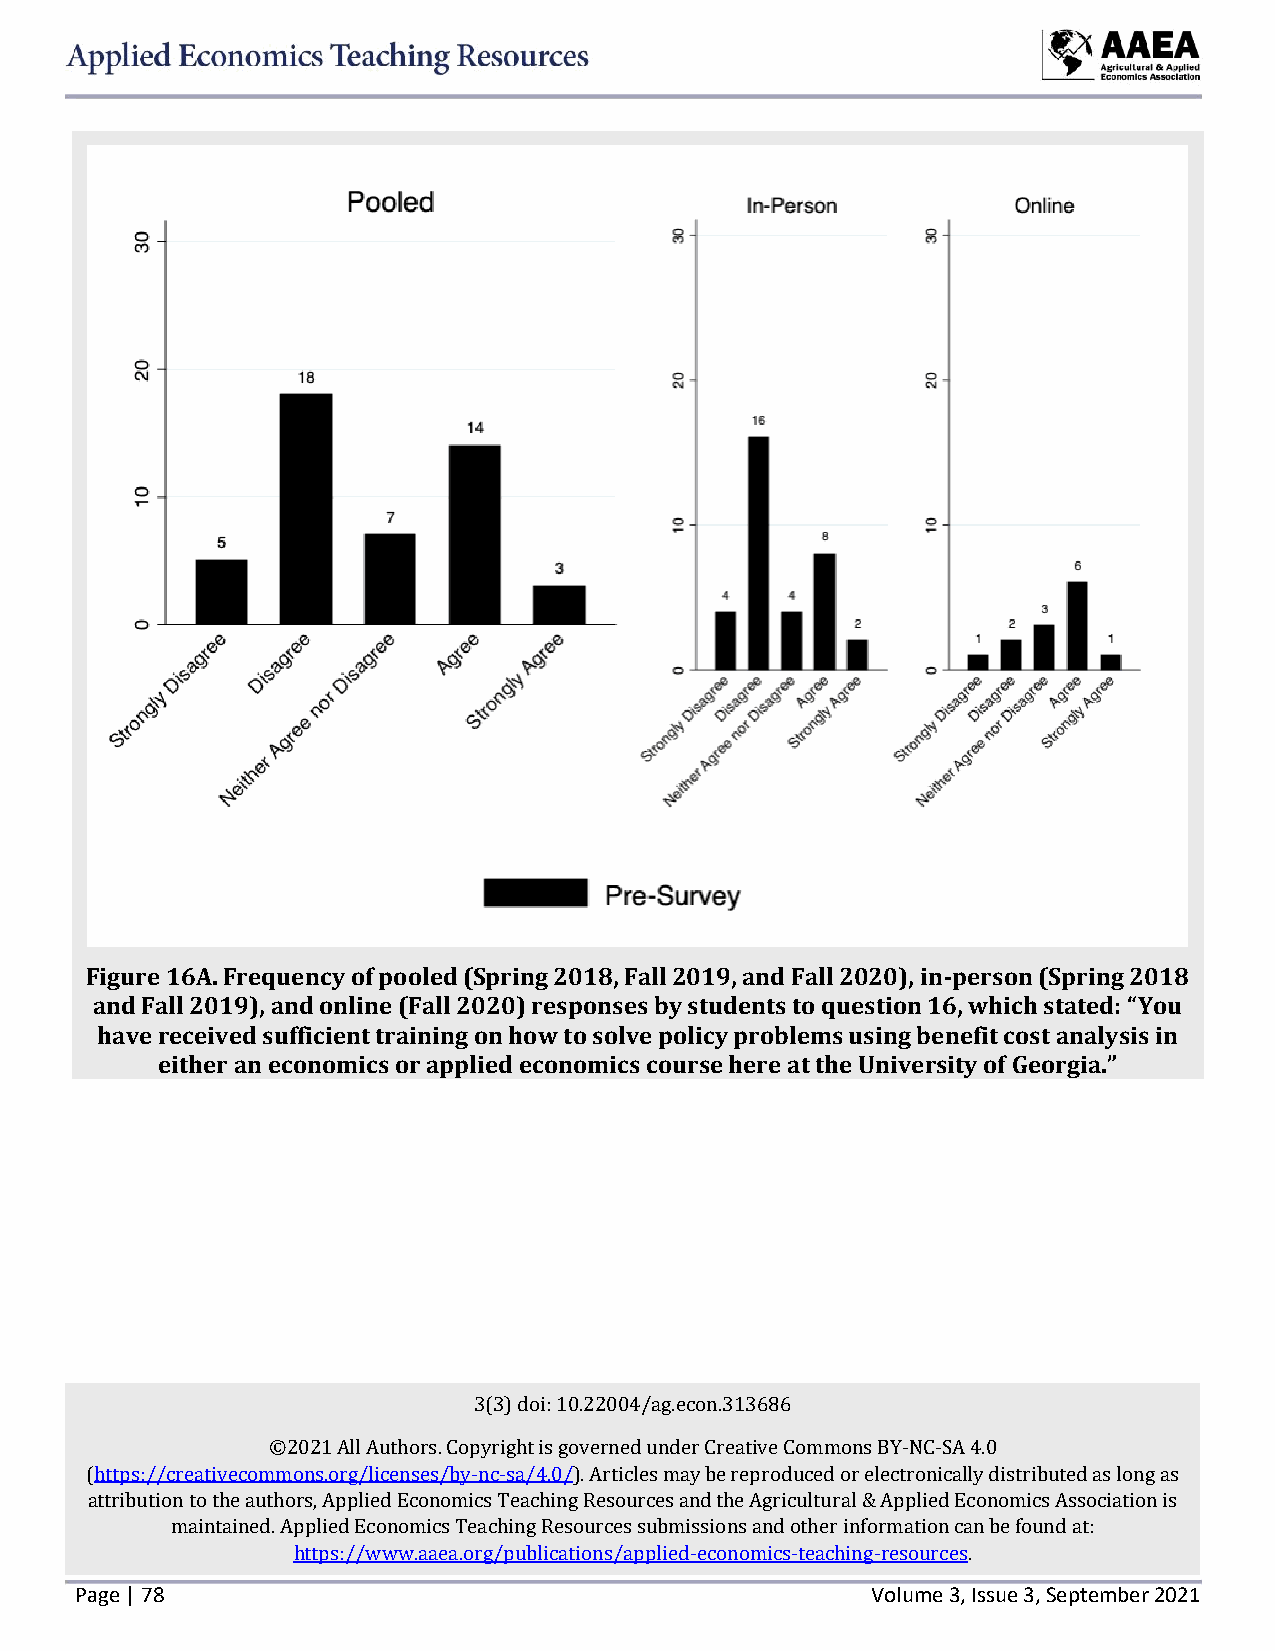
Figure 16A. Frequency of pooled (Spring 2018, Fall 2019, and Fall 2020), in-person (Spring 2018
 and Fall 2019), and online (Fall 2020) responses by students to question 16, which stated: “You
 have received sufficient training on how to solve policy problems using benefit cost analysis in
 either an economics or applied economics course here at the University of Georgia.”
 3(3) doi: 10.22004/ag.econ.313686
 ©2021 All Authors. Copyright is governed under Creative Commons BY-NC-SA 4.0
 (https://creativecommons.org/licenses/by-nc-sa/4.0/). Articles may be reproduced or electronically distributed as long as
 attribution to the authors, Applied Economics Teaching Resources and the Agricultural & Applied Economics Association is
 maintained. Applied Economics Teaching Resources submissions and other information can be found at:
 https://www.aaea.org/publications/applied-economics-teaching-resources.
 P age | 78                                           Volume 3, Issue 3, September 2021